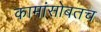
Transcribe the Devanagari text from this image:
कामांसोबतच